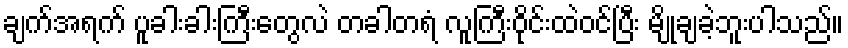
ချက်အရက် ပူခါးခါးကြီးတွေလဲ တခါတရံ လူကြီးဝိုင်းထဲဝင်ပြီး မျိုချခဲ့ဘူးပါသည်။